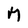
Character: M